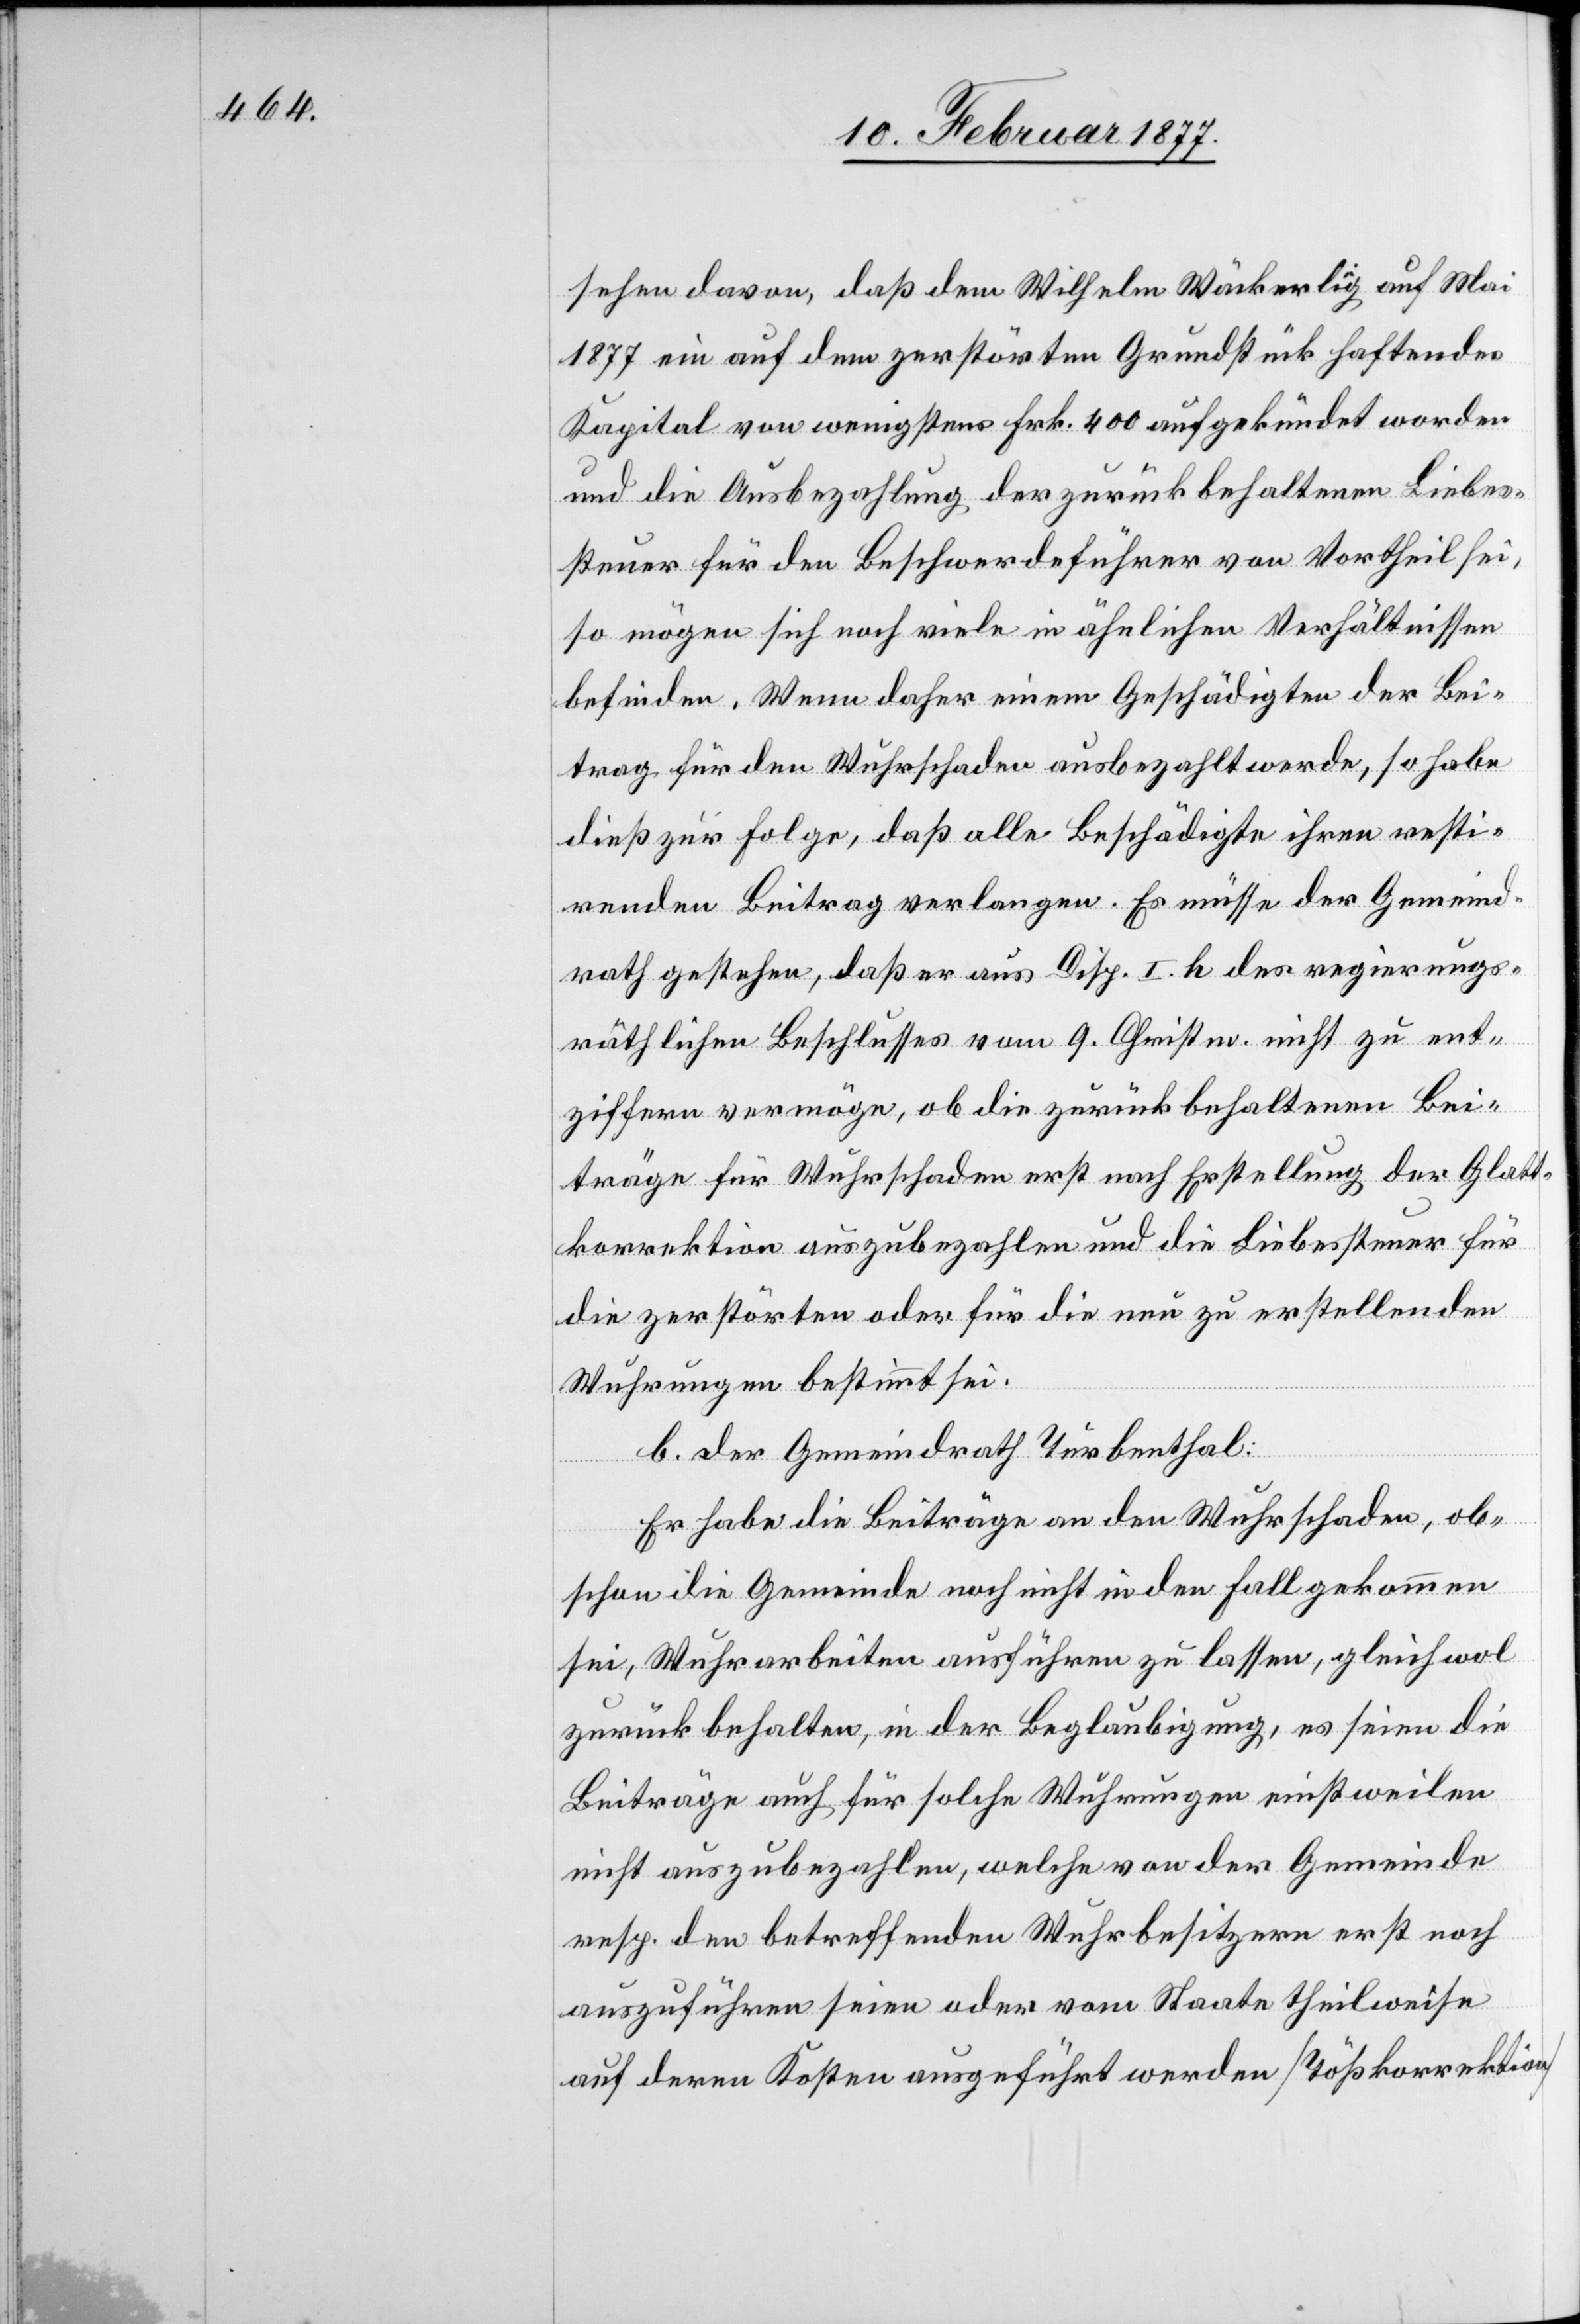
sehen davon, daß dem Wilhelm Wäckerlig auf Mai
1877 ein auf dem zerstörten Grundstück haftendes
Kapital von wenigstens Frk. 400 aufgekündet worden
und die Ausbezahlung der zurückbehaltenen Liebes¬
steuer für den Beschwerdeführer von Vortheil sei,
so mögen sich noch viele in ähnlichen Verhältnissen
befinden. Wenn daher einem Geschädigten der Bei¬
trag für den Wuhrschaden ausbezahlt werde, so habe
dieß zur Folge, daß alle Beschädigten ihren resti¬
renden Beitrag verlangen. Es müsse der Gemeind¬
rath gestehen, daß er aus Disp. I. h des regierungs¬
räthlichen Beschlusses vom 9. Christm. nicht zu ent¬
ziffern vermöge, ob die zurückbehaltenen Bei¬
träge für Wuhrschaden erst nach Erstellung der Glatt¬
korrektion auszubezahlen und die Liebessteuer für
die zerstörten oder für die neu zu erstellenden
Wuhrungen bestimmt sei.
b. Der Gemeindrath Turbenthal:
Er habe die Beiträge an den Wuhrschaden, ob¬
schon die Gemeinde noch nicht in den Fall gekommen
sei, Wuhrarbeiten ausführen zu lassen, gleichwol
zurückbehalten, in der Beglaubigung, es seien die
Beiträge auch für solche Wuhrungen einstweilen
nicht auszubezahlen, welche von der Gemeinde
resp. den betreffenden Wuhrbesitzern erst noch
auszuführen seien oder vom Staate theilweise
auf deren Kosten ausgeführt werden [Tößkorrektion].